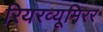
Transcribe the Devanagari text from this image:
रियरव्यूमिरर